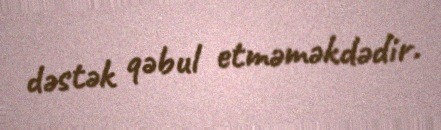
dəstək qəbul etməməkdədir.